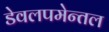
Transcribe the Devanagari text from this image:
डेवलपमेन्तल